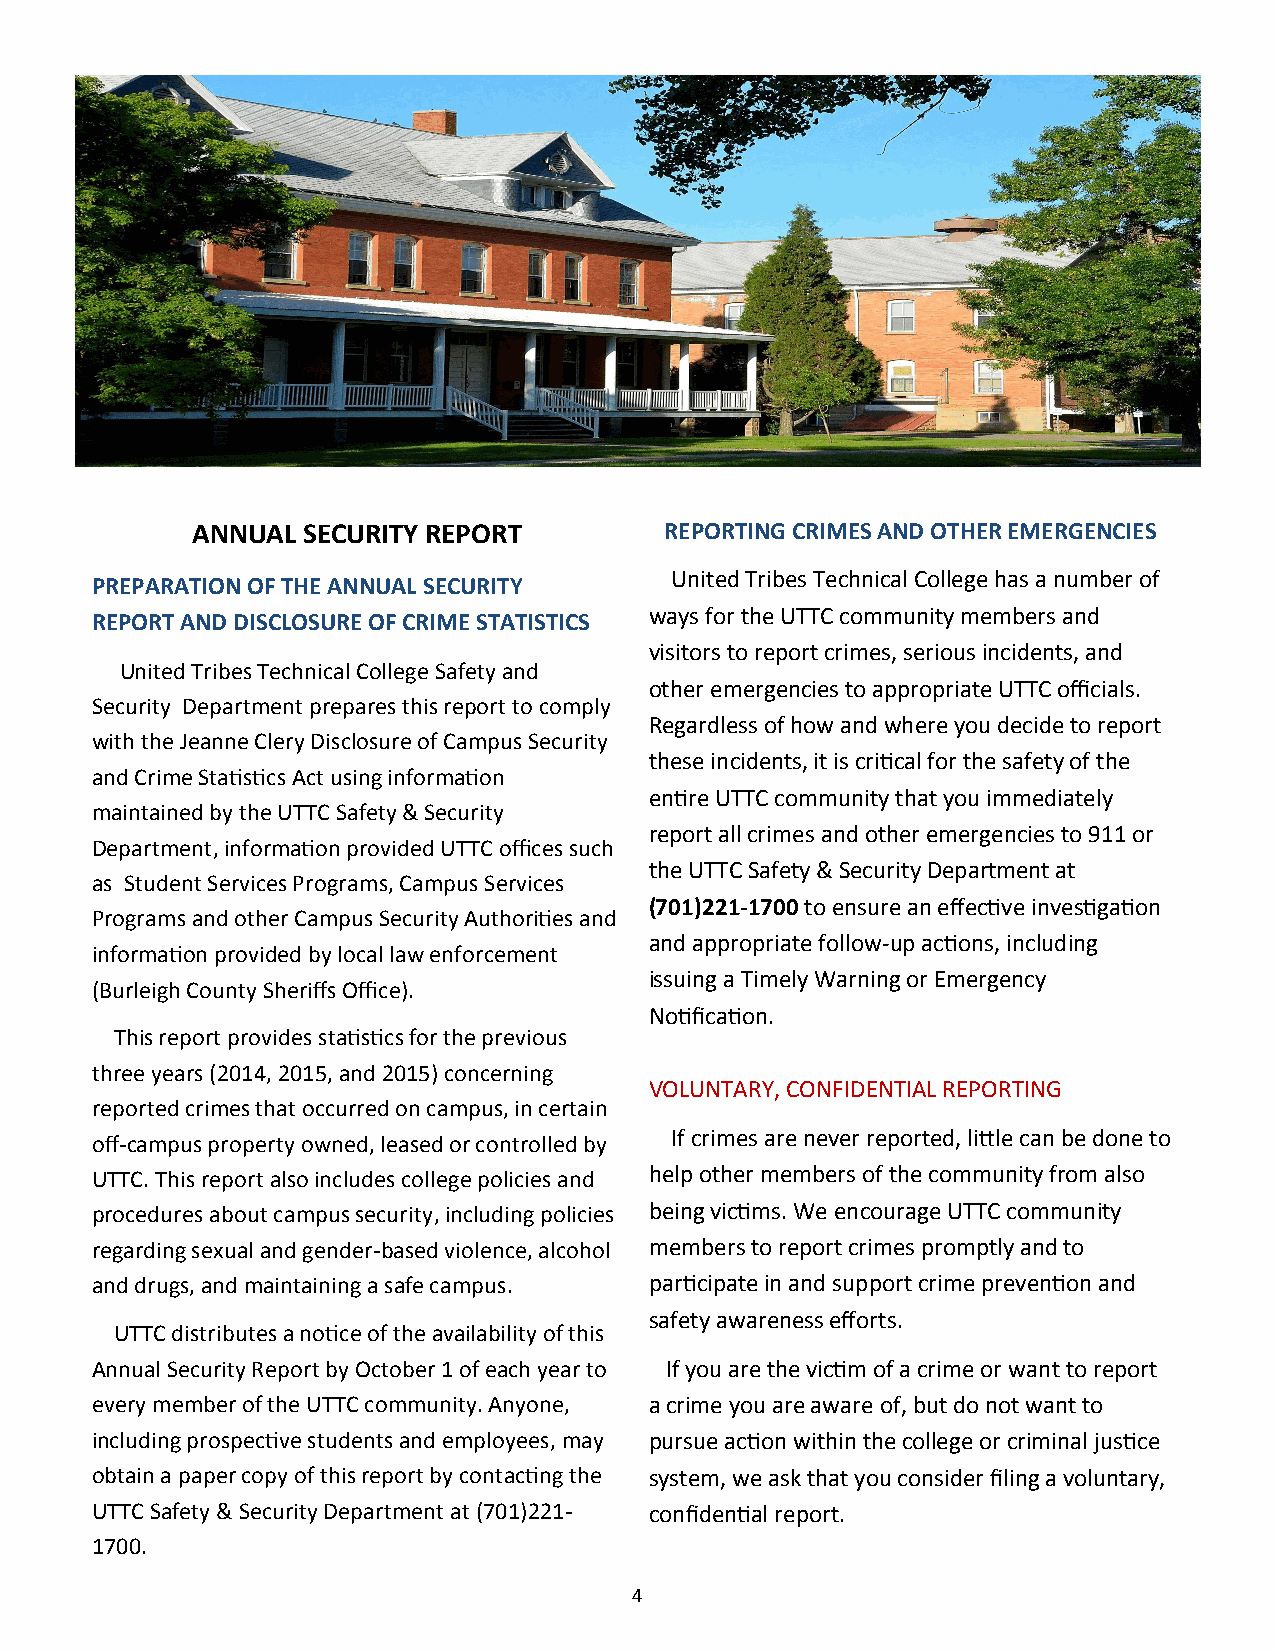
ANNUAL SECURITY REPORT         REPORTING CRIMES AND OTHER EMERGENCIES
 United Tribes Technical College has a number of
 PREPARATION OF THE ANNUAL SECURITY
 ways for the UTTC community members and
 REPORT AND DISCLOSURE OF CRIME STATISTICS
 visitors to report crimes, serious incidents, and
 United Tribes Technical College Safety and
 other emergencies to appropriate UTTC officials.
 Security Department prepares this report to comply
 Regardless of how and where you decide to report
 with the Jeanne Clery Disclosure of Campus Security
 these incidents, it is critical for the safety of the
 and Crime Statistics Act using information
 entire UTTC community that you immediately
 maintained by the UTTC Safety & Security
 report all crimes and other emergencies to 911 or
 Department, information provided UTTC offices such
 the UTTC Safety & Security Department at
 as Student Services Programs, Campus Services
 (701)221-1700 to ensure an effective investigation
 Programs and other Campus Security Authorities and
 and appropriate follow-up actions, including
 information provided by local law enforcement
 issuing a Timely Warning or Emergency
 (Burleigh County Sheriffs Office).
 Notification.
 This report provides statistics for the previous
 three years (2014, 2015, and 2015) concerning
 VOLUNTARY, CONFIDENTIAL REPORTING
 reported crimes that occurred on campus, in certain
 If crimes are never reported, little can be done to
 off-campus property owned, leased or controlled by
 UTTC. This report also includes college policies and help other members of the community from also
 procedures about campus security, including policies being victims. We encourage UTTC community
 regarding sexual and gender-based violence, alcohol members to report crimes promptly and to
 and drugs, and maintaining a safe campus. participate in and support crime prevention and
 safety awareness efforts.
 UTTC distributes a notice of the availability of this
 Annual Security Report by October 1 of each year to If you are the victim of a crime or want to report
 every member of the UTTC community. Anyone, a crime you are aware of, but do not want to
 including prospective students and employees, may pursue action within the college or criminal justice
 obtain a paper copy of this report by contacting the system, we ask that you consider filing a voluntary,
 UTTC Safety & Security Department at (701)221- confidential report.
 1700.
 4